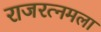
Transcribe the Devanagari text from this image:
राजरत्नमला